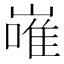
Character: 嶉